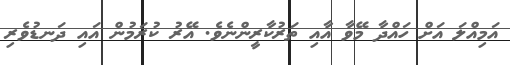
އަމިއްލަ އަށް ހައްދާ މޭވާ އާއި ތަރުކާރީންނެވެ. އޭރު ކުރަމުން އައި ދަނޑުވެރި